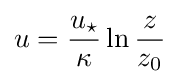
u={\frac {u_{\star }}{\kappa }}\ln {\frac {z}{z_{0}}}